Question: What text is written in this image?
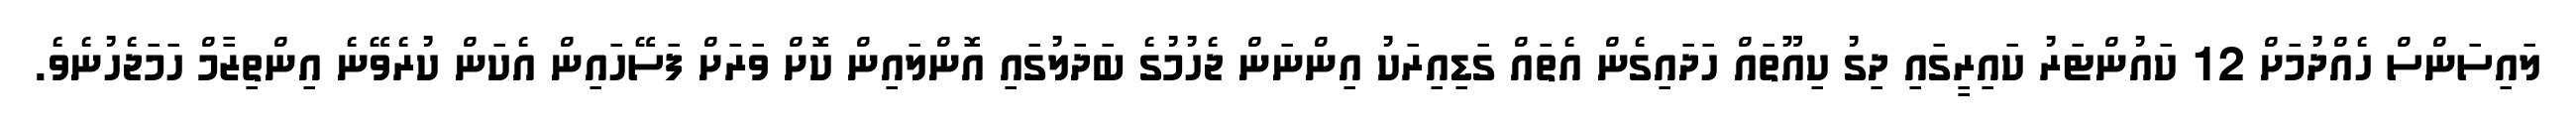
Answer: ލައިސަންސް ހެއްދުމަށް 12 ކައުންޓަރު ކައިރީގައި ދިގު ކިއޫތައް ހަދައިގެން އެތައް ގަޑިއިރަކު އިންނަން ޖެހުމުގެ ބަދަލުގައި އޮންލައިން ކޮށް ވަރަށް ފަސޭހައިން އެކަން ކުރެވޭނެ އިންތިޒާމް ހަމަޖެހުނެވެ.